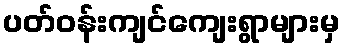
ပတ်ဝန်းကျင်ကျေးရွာများမှ